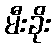
မီးခိုး